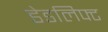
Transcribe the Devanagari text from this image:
डेडलिफ्ट